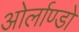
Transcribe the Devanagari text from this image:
ओर्लाण्डो